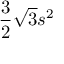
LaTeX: { \frac { 3 } { 2 } } { \sqrt { 3 } } s ^ { 2 } \,